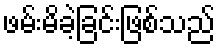
ဖမ်းမိခဲ့ခြင်းဖြစ်သည်